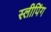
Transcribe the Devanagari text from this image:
स्‍लीपिंग